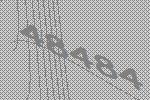
48484